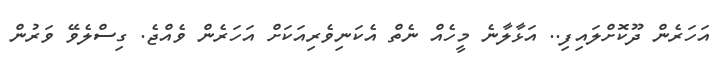
އަހަރެން ދޫކޮށްލައިފި.. އަޅާލާނެ މީހެއް ނެތް އެކަނިވެރިއަކަށް އަހަރެން ވެއްޖެ. ގިސްލެވޭ ވަރުން